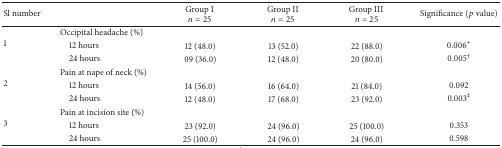
| Sl number |  | Group I n = 25 | Group II n = 25 | Group III n = 25 | Significance (p value) |
 | --- | --- | --- | --- | --- | --- |
 | <ROWSPAN=3> 1 | Occipital headache (%) |  |  |  |  |
 | 12 hours | 12 (48.0) | 13 (52.0) | 22 (88.0) | 0.006∗ |
 | 24 hours | 09 (36.0) | 12 (48.0) | 20 (80.0) | 0.005† |
 | <ROWSPAN=3> 2 | Pain at nape of neck (%) |  |  |  |  |
 | 12 hours | 14 (56.0) | 16 (64.0) | 21 (84.0) | 0.092 |
 | 24 hours | 12 (48.0) | 17 (68.0) | 23 (92.0) | 0.003‡ |
 | <ROWSPAN=3> 3 | Pain at incision site (%) |  |  |  |  |
 | 12 hours | 23 (92.0) | 24 (96.0) | 25 (100.0) | 0.353 |
 | 24 hours | 25 (100.0) | 24 (96.0) | 24 (96.0) | 0.598 |